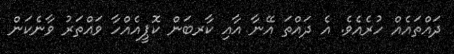
ދައްތައެއް ހުރެއެވެ. އެ ދައްތަ އޭނާ އާއި ކާރބަން ކޮޕީއެއްހާ ވައްތަރު ވާނެކަން